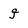
Character: j